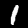
Label: 1